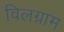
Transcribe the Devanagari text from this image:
विलग्राम